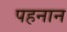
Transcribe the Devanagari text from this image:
पहनान